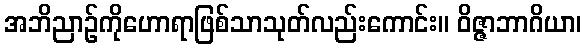
အဘိညာဉ်ကိုဟောရာဖြစ်သာသုတ်လည်းကောင်း။ ဝိဇ္ဇာဘာဂိယာ၊